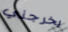
يخرجني